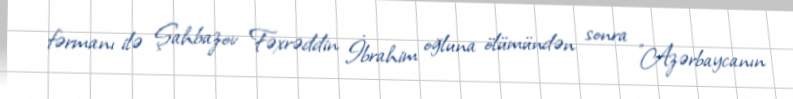
fərmanı ilə Şahbazov Fəxrəddin İbrahim oğluna ölümündən sonra "Azərbaycanın